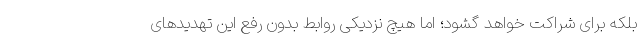
بلکه برای شراکت خواهد گشود؛ اما هیچ نزدیکی روابط بدون رفع این تهدیدهای